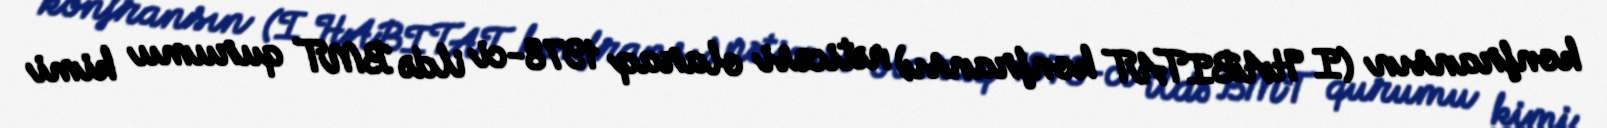
konfransın (I HABITAT konfransı) nəticəsi olaraq 1978-ci ildə BMT qurumu kimi